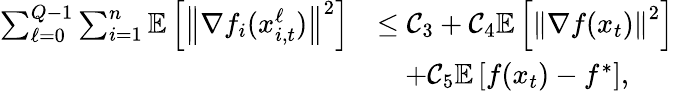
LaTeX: \begin{array}{rl}{\sum_{\ell=0}^{Q-1}\sum_{i=1}^{n}\mathbb{E}\left[\left\Vert\nabla f_{i}(x_{i,t}^{\ell})\right\Vert^{2}\right]}&{\leq\mathcal{C}_{3}+\mathcal{C}_{4}\mathbb{E}\left[\left\Vert\nabla f(x_{t})\right\Vert^{2}\right]}\\ &{\quad+\mathcal{C}_{5}\mathbb{E}\left[f(x_{t})-f^{*}\right],}\end{array}